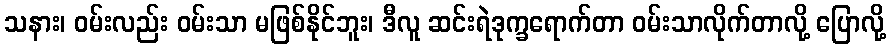
သနား၊ ဝမ်းလည်း ဝမ်းသာ မဖြစ်နိုင်ဘူး၊ ဒီလူ ဆင်းရဲဒုက္ခရောက်တာ ဝမ်းသာလိုက်တာလို့ ပြောလို့